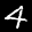
Label: 4